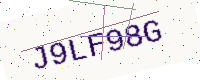
Text: J9LF98G